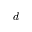
d